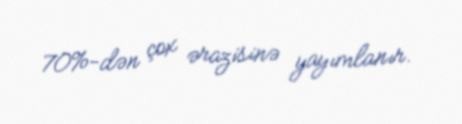
70%-dən çox ərazisinə yayımlanır.